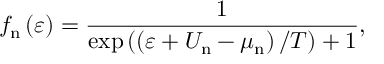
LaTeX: f _ { \mathrm { n } } \left( \varepsilon \right) = \frac { 1 } { \exp \left( \left( \varepsilon + U _ { \mathrm { n } } - \mu _ { \mathrm { n } } \right) / T \right) + 1 } ,